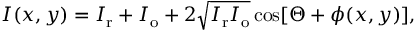
I ( x , y ) = I _ { \mathrm { r } } + I _ { \mathrm { o } } + 2 \sqrt { I _ { \mathrm { r } } I _ { \mathrm { o } } } \cos [ \Theta + \phi ( x , y ) ] ,